Calcutta medical institutions reports 1871-78
Year: 1871
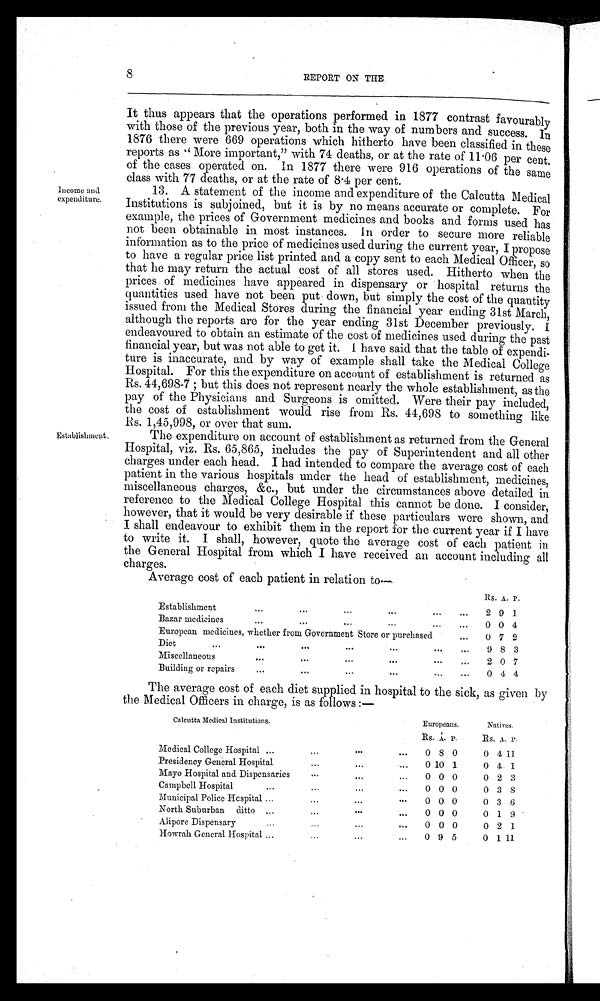
Establishment.
8 REPORT ON THE
It thus appears that the operations performed in 1877 contrast favourably
with those of the previous year, both in the way of numbers and success. In
1876 there were 669 operations which hitherto have been classified in these
reports as "More important," with 74 deaths, or at the rate of 11 . 06 per cent.
of the cases operated on. In 1877 there were 916 operations of the same
class with 77 deaths. or at the rate of 8 . 4 per cent.
Income and
expenditure.
13. A statement of the income and expenditure of the Calcutta Medical
Institutions is subjoined, but it is by no means accurate or complete. For
example, the prices of Government medicines and books and forms used has
not been obtainable in most instances. In order to secure more reliable
information as to the price of medicines used during the current year, I propose
to have a regular price list printed and a copy sent to each Medical Officer, so
that he may return the actual cost of all stores used. Hitherto when the
prices of medicines have appeared in dispensary or hospital returns the
quantities used have not been put down, but simply the cost of the quantity
issued from the Medical Stores during the financial year ending 31st March,
although the reports are for the year ending 31st December previously. I
endeavoured to obtain an estimate of the cost of medicines used during the past
financial year, but was not able to get it. I have said that the table of expendi-
ture is inaccurate, and by way of example shall take the Medical College
Hospital. For this the expenditure on account of establishment is returned as
Rs. 44,698-7; but this does not represent nearly the whole establishment, as the
pay of the Physicians and Surgeons is omitted. Were their pay included,
the cost of establishment would rise from Rs. 44,698 to something like
Rs. 1,45,998, or over that sum.
The expenditure on account of establishment as returned from the General
Hospital, viz. Rs. 65,865, includes the pay of Superintendent and all other
charges under each head. I had intended to compare the average cost of each
patient in the various hospitals under the head of establishment, medicines,
miscellaneous charges, &c., but under the circumstances above detailed in
reference to the Medical College Hospital this cannot be done. I consider,
however, that it would be very desirable if these particulars were shown, and
I shall endeavour to exhibit them in the report for the current year if I have
to write it. I shall, however, quote the average cost of each patient in
the General Hospital from which I have received an account including all
charges.
Average cost of each patient in relation to—
Rs. A. P .
Establishment
...
. . .
...
. . .
...
. . . 2 9 1
Bazar medicines
. . .
. . .
...
...
...
...
0 0 4
European medicines, whether from Government Store or purchased
...
0 7 2
Diet
...
. . .
. . .
...
. . .
. . .
. . .
9 8 3
Miscellaneous
...
. . .
. . .
. . .
. . .
. . .
2 0 7
Building or repairs
...
. . .
...
...
...
...
0 4 4
The average cost of each diet supplied in hospital to the sick, as given by
the Medical Officers in charge, is as follows:—
Calcutta Medical Institutions.
Europeans.
Natives.
Rs. A.
P .
Rs, A. P .
Medical College Hospital ...
...
. . .
. . .
0 8
0
0 4 11
Presidency General Hospital
. . .
. . .
. . .
0 1 0 1
0 4 1
Mayo Hospital and Dispensaries
. . .
. . .
...
0 0 0
0 2 3
Campbell Hospital ...
...
. . .
...
0 0 0
0 3
8
Municipal Police Hospital ...
...
...
. . .
0 0 0
0 3 6
North Suburban ditto ...
...
. . .
...
0 0 0
0 1 9
Alipore Dispensary ...
. . .
...
...
0 0 0
0 2 1
Howrah General Hospital ...
...
...
...
0 9 5
0 1 11